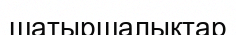
шатыршалыктар